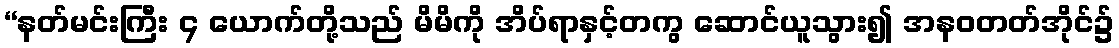
“နတ်မင်းကြီး ၄ ယောက်တို့သည် မိမိကို အိပ်ရာနှင့်တကွ ဆောင်ယူသွား၍ အနဝတတ်အိုင်၌